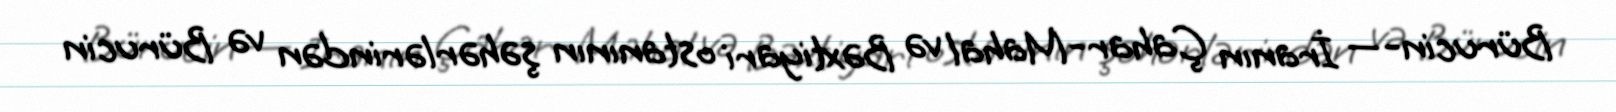
Bürucin-— İranın Çahar-Mahal və Bəxtiyari ostanının şəhərlərindən və Bürucin